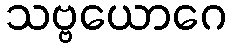
သဗ္ဗယောဂေ